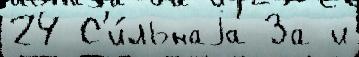
24 С'и́льнаjа За и